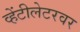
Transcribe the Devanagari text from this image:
व्हेंटीलेटरवर